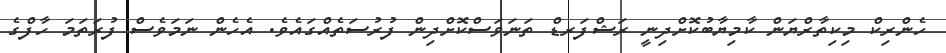
ހެންރިކް މިކިތާރްޔަން ކާމިޔާބުކޮށްދިނީ ރަޝްފަރޑް ތަނަވަސްކޮށްދިން ފުރުސަތެއްގައެވެ. އެހެން ނަމަވެސް ފުރަތަމަ ހާފްގެ